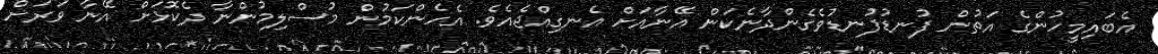
އެބައިމީހުންގެ އަތުން ފުނޑުފުނޑުވެގެންދާނެކަން އޭނާއަށް އެނގިއްޖެއެވެ. އެހެންކަމުން މުސްލިމުންނާ ދެކޮޅަށް އޭނާ ވަރަށް